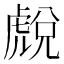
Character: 𧇓